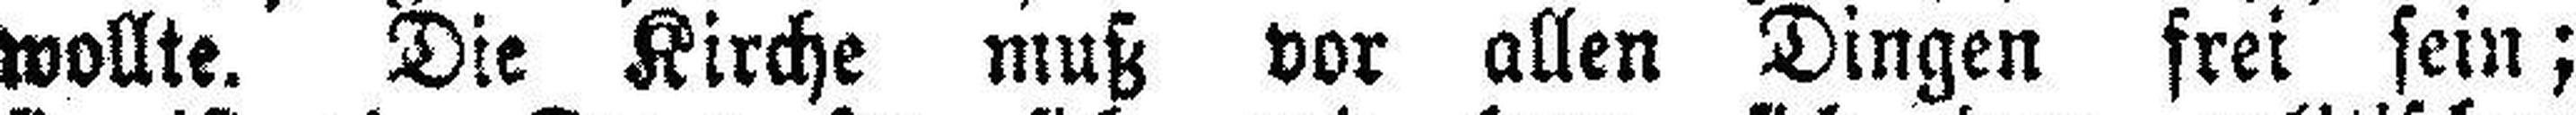
wollte. Die Kirche muß vor allen Dingen frei sein;